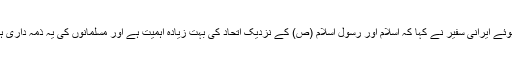
اتحاد بین المسلمین پر زور دیتے ہوئے ایرانی سفیر نے کہا کہ اسلام اور رسول اسلام (ص) کے نزدیک اتحاد کی بہت زیادہ اہمیت ہے اور مسلمانوں کی یہ ذمہ داری ہے کہ وہ اتحاد پر آنچ نہ آنے دیں۔